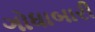
ગોધાબારી